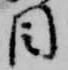
目